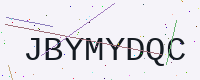
Text: JBYMYDQC